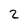
Character: 2